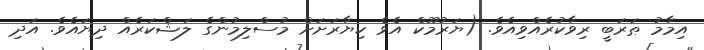
އިމާމު ޠަރަބީ ރިވާކުރެއްވިއެވެ. (ޔަރުމޫކް އެވެ ކިޔާރަށަށް މުސްލިމުންގެ ލަޝްކަރެއް ދިޔައެވެ. އަދި